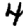
Digit: 4